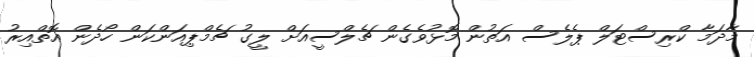
މާދަމާ ކްރިސްޓަލް ޕެލެސް އަތުން މޮޅުވެގެން ޗެލްސީއަށް ލީގު ޗެމްޕިއަންކަން ހޯދެން އޮތްއިރު